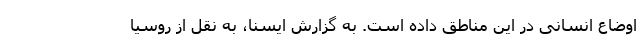
اوضاع انسانی در این مناطق داده است. به گزارش ایسنا، به نقل از روسیا